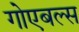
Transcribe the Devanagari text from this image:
गोएबल्स